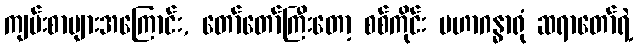
ကျမ်းစာများအကြောင်း, တော်တော်ကြီးတော့ စစ်ကိုင်း မဟာဂန္ဓာရုံ ဆရာတော်ရဲ့